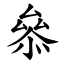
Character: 叅